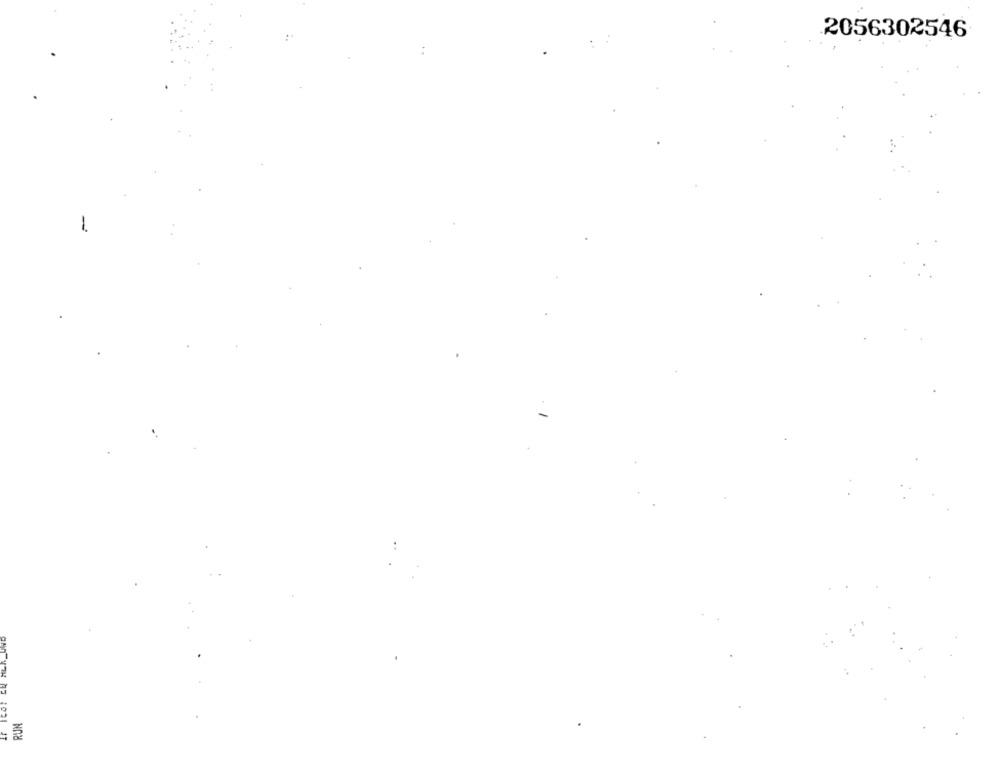
2056302546
-
IF ICO: EN MER_UND
RUN